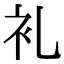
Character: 𮕤